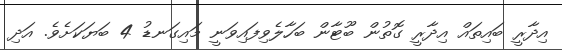
އިދާރީ ބައިތައް އިދާރީ ގޮތުން ބޫޓާން ބަހާލެވިފައިވަނީ މައިގަނޑު 4 ބަޔަކަށެވެ. އަދި